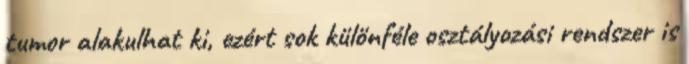
tumor alakulhat ki, ezért sok különféle osztályozási rendszer is